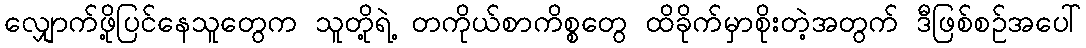
လျှောက်ဖို့ပြင်နေသူတွေက သူတို့ရဲ့ တကိုယ်စာကိစ္စတွေ ထိခိုက်မှာစိုးတဲ့အတွက် ဒီဖြစ်စဉ်အပေါ်